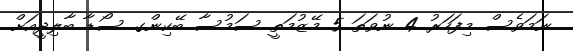
ނަމަވެސް މިފަހަރު 4 ނުވަތަ 5 މޭޒުމަތީ ސަމުސާ ބޭކިންގ ސޯޑާ ބާލިދީއަށް